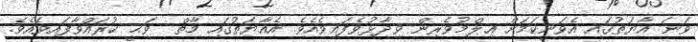
ވަނަ އާޔަތުގައި އެވަނީކަމަށް ޢިލްމުވެރިން ވިދާޅުވެފައިވެއެވެ. އެއާޔަތުގައި މާތް  ވަޙީ ކުރައްވާފައިވެއެވެ.